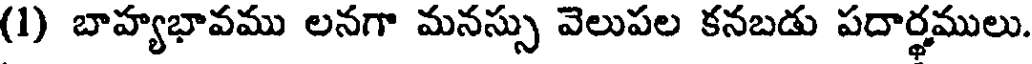
(1) బాహ్యభావము లనగా మనస్సు వెలుపల కనబడు పదార్థములు.